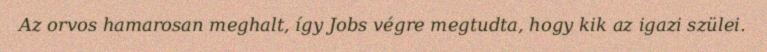
Az orvos hamarosan meghalt, így Jobs végre megtudta, hogy kik az igazi szülei.